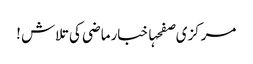
مرکزی صفحہاخبارماضی کی تلاش !